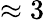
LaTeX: \approx 3